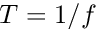
T = 1 / f